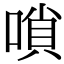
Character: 嗩